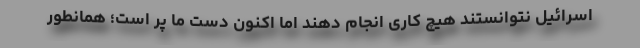
اسرائیل نتوانستند هیچ کاری انجام دهند اما اکنون دست ما پر است؛ همانطور